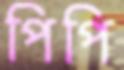
পিপি